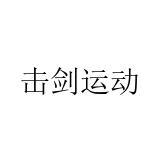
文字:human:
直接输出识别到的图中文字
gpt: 击剑运动